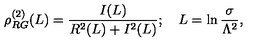
\rho _ { R G } ^ { ( 2 ) } ( L ) = \frac { I ( L ) } { R ^ { 2 } ( L ) + I ^ { 2 } ( L ) } ; \quad L = \ln \frac { \sigma } { \Lambda ^ { 2 } } ,